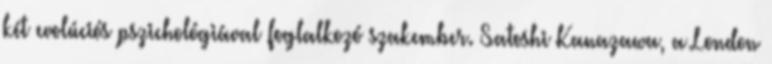
két evolúciós pszichológiával foglalkozó szakember. Satoshi Kanazawa, a London